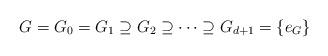
LaTeX: \begin{align*} G=G_{0}=G_{1}\supseteq G_{2}\supseteq\cdots\supseteq G_{d+1}=\{e_{G}\} \end{align*}